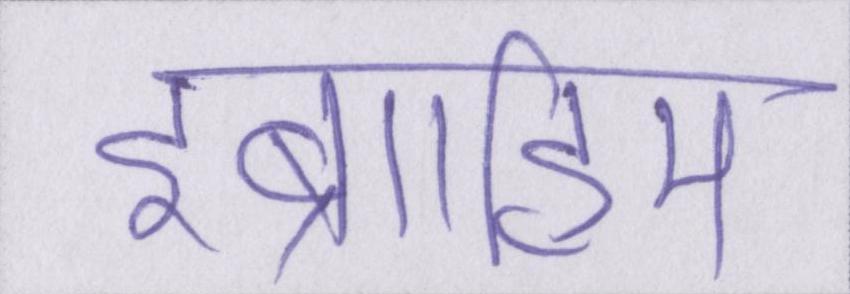
इब्राहिम